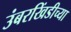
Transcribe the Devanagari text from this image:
उंबरखिंडीच्या